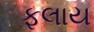
ફલાય